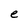
Character: e